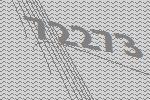
72273